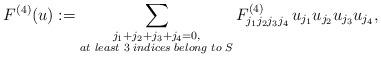
LaTeX: \begin{align*}F^{(4)}(u):=\sum_{\substack{j_1+j_2+j_3+j_4=0,\\ at\,\, least\,\, 3\,\, indices\,\, belong \,\,to\,\, S } }F^{(4)}_{j_1 j_2 j_3 j_4}\,u_{j_1} u_{j_2} u_{j_3} u_{j_4},\end{align*}